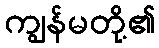
ကျွန်မတို့၏